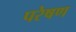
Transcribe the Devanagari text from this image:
परेषण